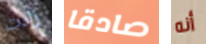
زادت صادقا أنه